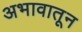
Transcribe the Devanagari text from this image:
अभावातून